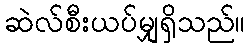
ဆဲလ်စီးယပ်မျှရှိသည်။